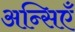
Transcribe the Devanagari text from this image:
अन्सिएँ